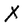
Character: X